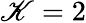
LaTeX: \mathscr{K}=2